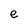
Character: e